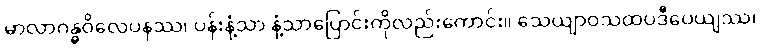
မာလာဂန္ဓဝိလေပနဿ၊ ပန်းနံ့သာ နံ့သာပြောင်းကိုလည်းကောင်း။ သေယျာဝသထပဒီပေယျဿ၊